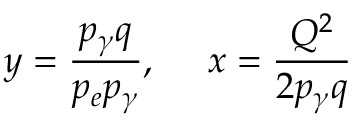
y = { \frac { p _ { \gamma } q } { p _ { e } p _ { \gamma } } } , ~ ~ ~ ~ x = { \frac { Q ^ { 2 } } { 2 p _ { \gamma } q } }